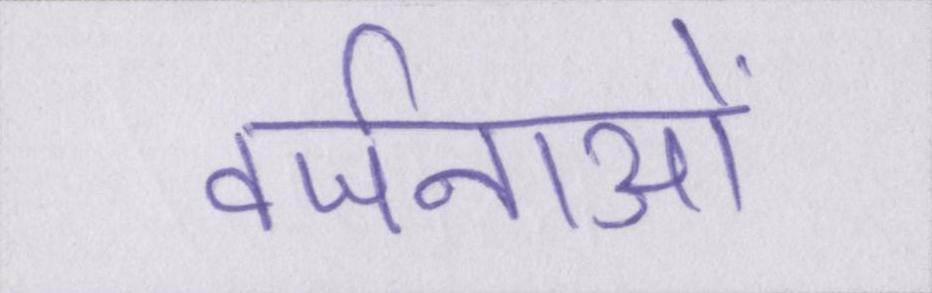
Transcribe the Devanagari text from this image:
वर्जनाओं